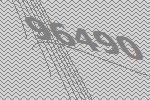
96490